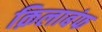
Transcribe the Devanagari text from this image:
क़िलाबंफ